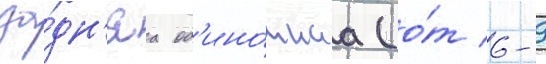
за́дн'яа од'ино́чнаа (о́т 6-9